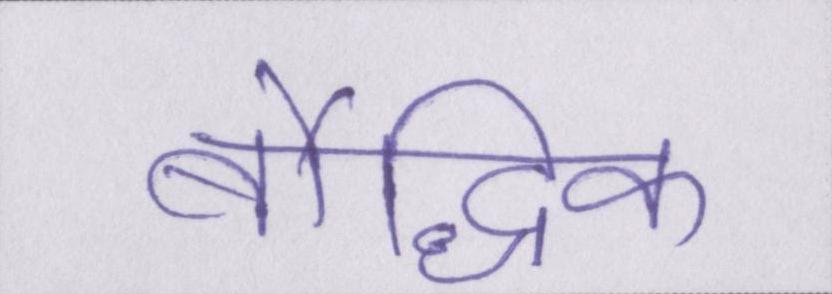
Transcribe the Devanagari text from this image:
बौद्धिक